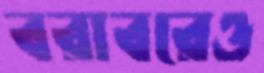
বরাবরেও